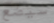
سيضع